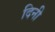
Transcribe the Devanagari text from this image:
दिनी